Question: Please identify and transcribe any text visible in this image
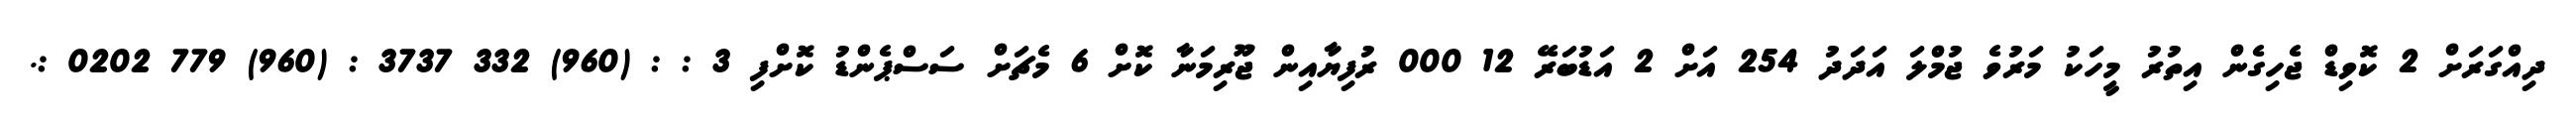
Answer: ދިއްގަރަށް 2 ކޮވިޑް ޖެހިގެން އިތުރު މީހަކު މަރުވެ ޖުމްލަ އަދަދު 254 އަށް 2 އަޑުބަރޭ 12 000 ރުފިޔާއިން ޖޫރިމަނާ ކޮށް 6 މެޗަށް ސަސްޕެންޑު ކޮށްފި 3 : : (960) 332 3737 : (960) 779 0202 :.